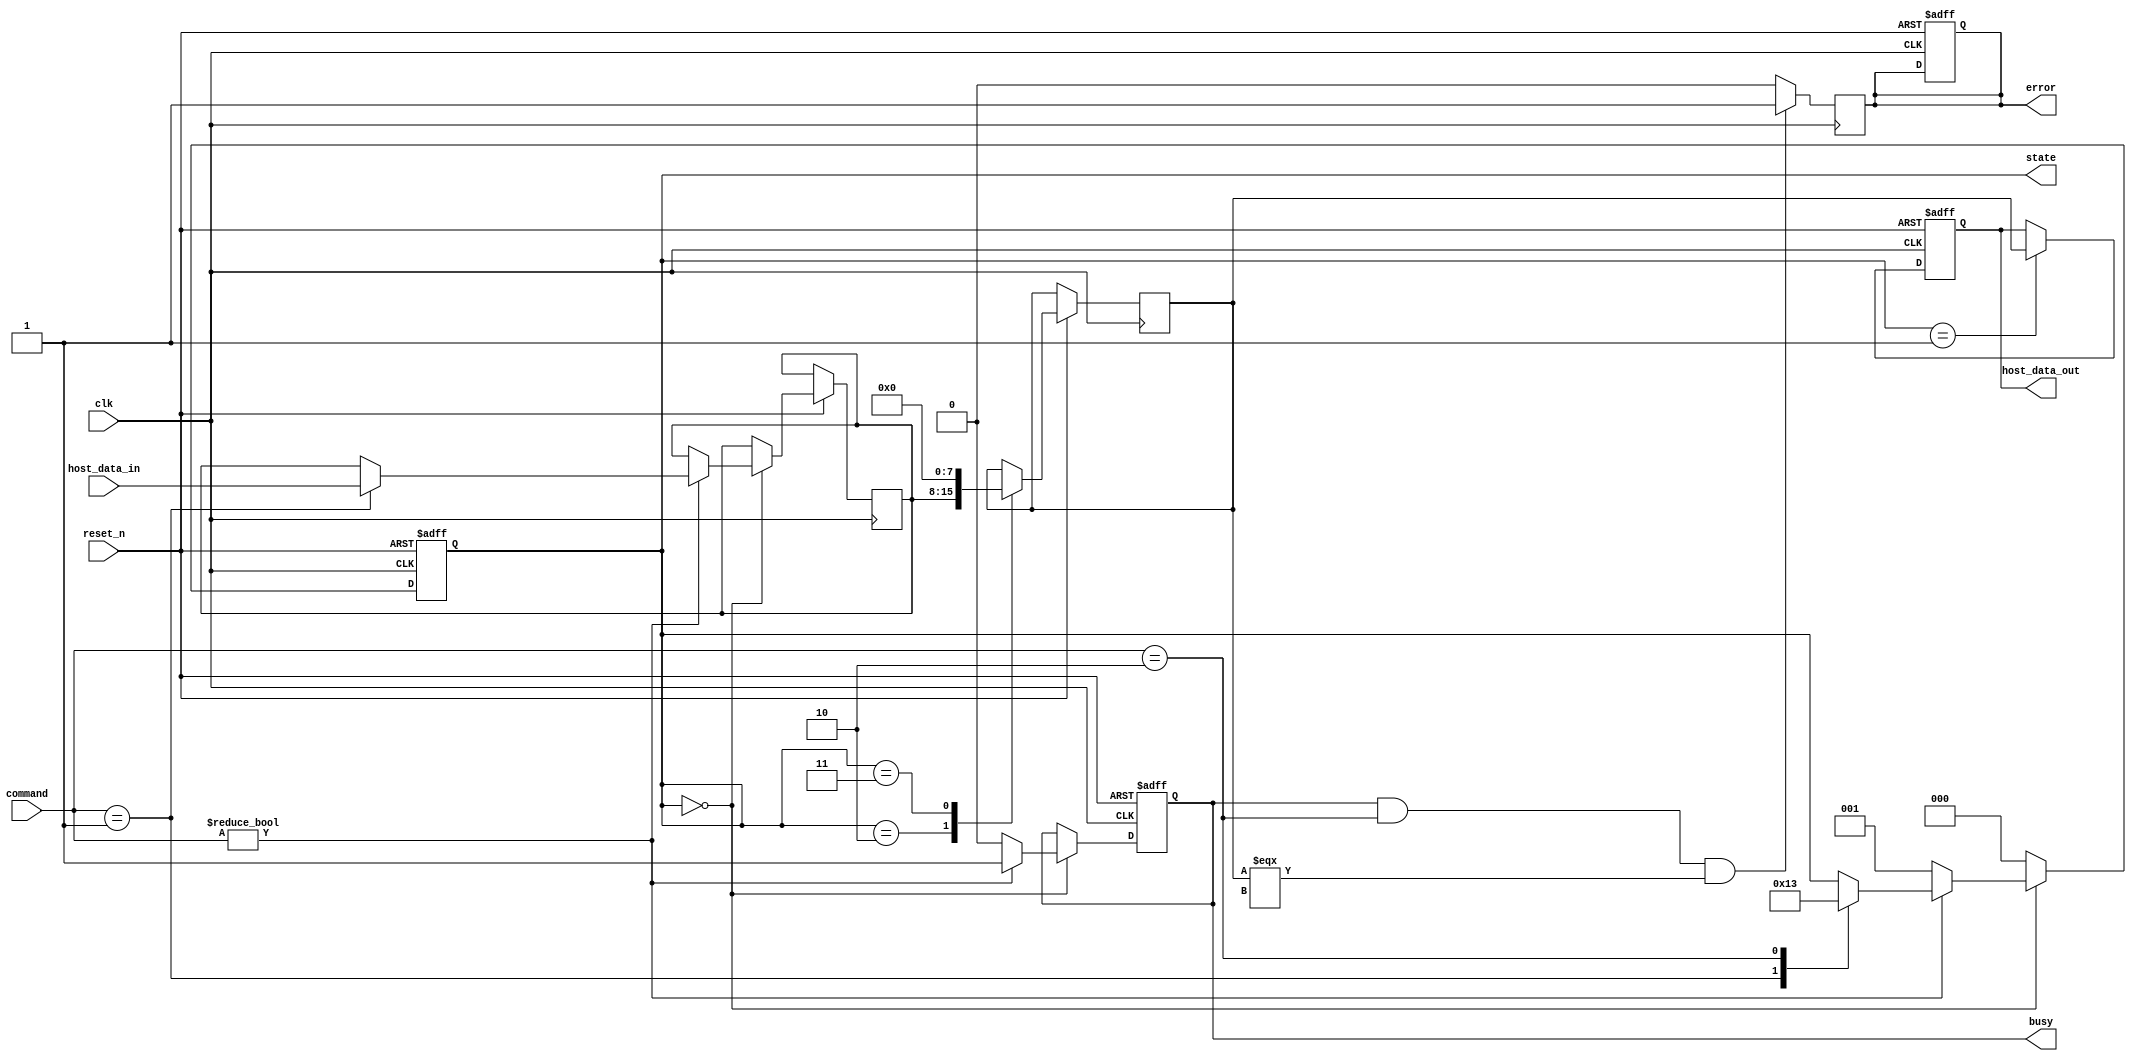
module tlc_nand_io_block (
    input wire clk,                    // Clock signal
    input wire reset_n,                // Active low reset
    input wire [7:0] host_data_in,     // Data from host
    input wire [2:0] command,           // Command: 3'b000 = Read, 3'b001 = Write, 3'b010 = Erase
    output reg [7:0] host_data_out,     // Data to host
    output reg busy,                    // Busy signal for the I/O block
    output reg error,                   // Error signal
    output reg [2:0] state              // Current state
);

// State encoding
localparam IDLE = 3'b000,
           READ = 3'b001,
           WRITE = 3'b010,
           ERASE = 3'b011;

// Internal signals
reg [7:0] read_buffer;                // Read buffer
reg [7:0] write_buffer;               // Write buffer
reg [7:0] data_latch;                 // Data latch for output

// State machine
always @(posedge clk or negedge reset_n) begin
    if (!reset_n) begin
        state <= IDLE;
        busy <= 1'b0;
        error <= 1'b0;
        host_data_out <= 8'b0;
    end else begin
        case (state)
            IDLE: begin
                busy <= 1'b0;
                if (command != 3'b000) begin
                    busy <= 1'b1;
                    case (command)
                        3'b001: begin // Write command
                            write_buffer <= host_data_in;
                            state <= WRITE;
                        end
                        3'b010: begin // Erase command
                            state <= ERASE;
                        end
                    endcase
                end else begin // Read command
                    state <= READ;
                end
            end
            
            READ: begin
                // Simulate read operation
                host_data_out <= read_buffer; // Data read from the memory
                state <= IDLE;  // Transition back to IDLE
            end
            
            WRITE: begin
                // Simulate write operation
                // Here you would typically have logic to program the NAND cells
                // For the sake of this example, we'll just latch the data
                read_buffer <= write_buffer; // For simplicity, we assume writing to read buffer
                state <= IDLE; // Transition back to IDLE
            end
            
            ERASE: begin
                // Simulate erase operation
                // Clear the read buffer, indicating that the data has been erased
                read_buffer <= 8'b0; // Erase operation
                state <= IDLE; // Transition back to IDLE
            end
            
            default: state <= IDLE; // In case of undefined state
        endcase
    end
end

// Error detection logic (simplified for this example)
always @(posedge clk) begin
    if (busy && (command == 3'b010) && (read_buffer === 8'bx)) begin
        error <= 1'b1; // Example error condition
    end else begin
        error <= 1'b0;
    end
end

endmodule